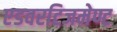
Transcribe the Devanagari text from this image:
एडवरटिजमेण्ट